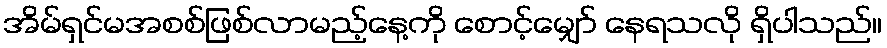
အိမ်ရှင်မအစစ်ဖြစ်လာမည့်နေ့ကို စောင့်မျှော် နေရသလို ရှိပါသည်။